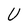
Character: U